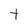
Character: t